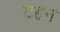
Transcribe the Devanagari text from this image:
टहन